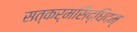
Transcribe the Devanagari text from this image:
सत्कर्मसिद्धिदम्